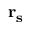
\mathbf { r _ { s } }